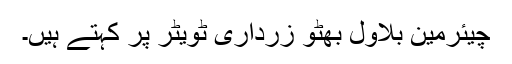
چیئرمین بلاول بھٹو زرداری ٹویٹر پر کہتے ہیں۔